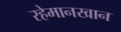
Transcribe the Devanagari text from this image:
रहेमानखान